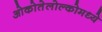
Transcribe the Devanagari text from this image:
ओकोतेलोल्कोमध्ये